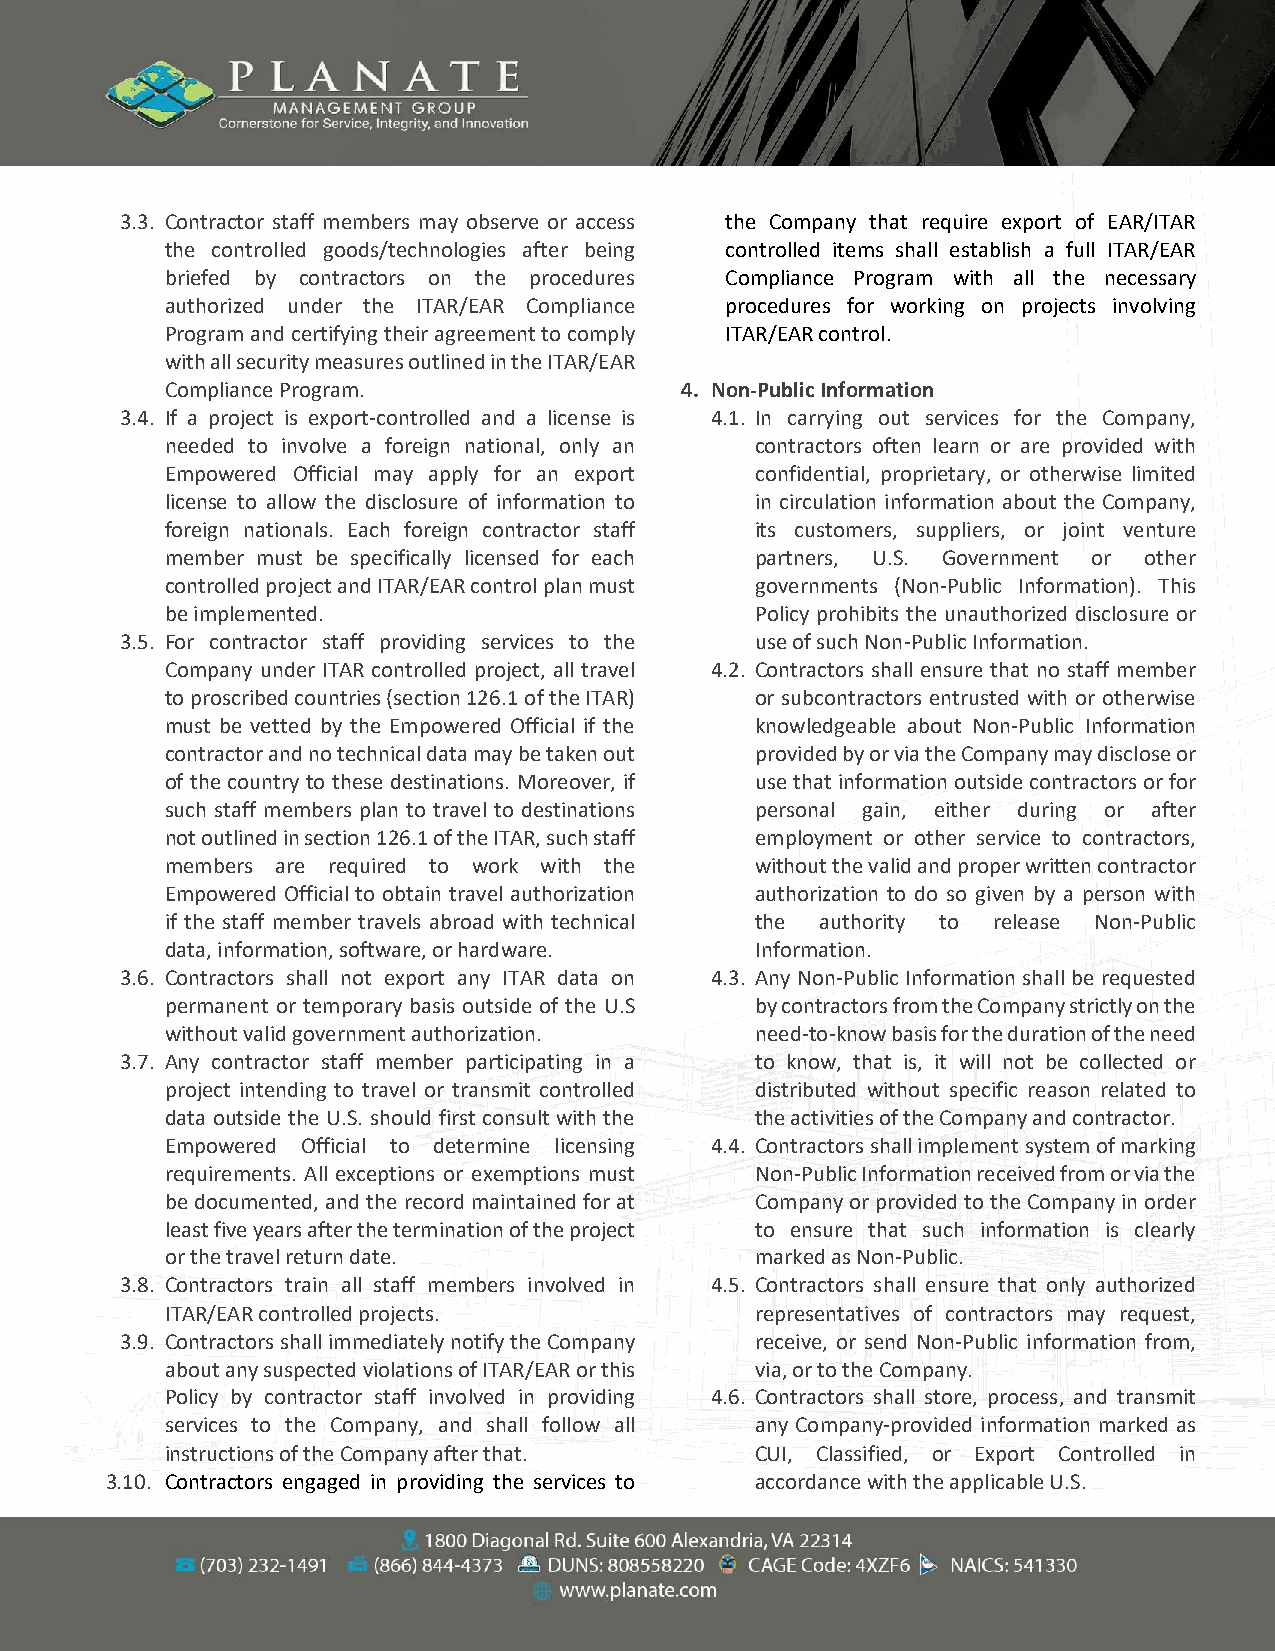
3.3. Contractor staff members may observe or access the Company that require export of EAR/ITAR
 the controlled goods/technologies after being controlled items shall establish a full ITAR/EAR
 briefed by contractors on the procedures Compliance Program with all the necessary
 authorized under the ITAR/EAR Compliance procedures for working on projects involving
 Program and certifying their agreement to comply ITAR/EAR control.
 with all security measures outlined in the ITAR/EAR
 Compliance Program.               4. Non-Public Information
 3.4. If a project is export-controlled and a license is 4.1. In carrying out services for the Company,
 needed to involve a foreign national, only an contractors often learn or are provided with
 Empowered Official may apply for an export confidential, proprietary, or otherwise limited
 license to allow the disclosure of information to in circulation information about the Company,
 foreign nationals. Each foreign contractor staff its customers, suppliers, or joint venture
 member must be specifically licensed for each partners, U.S. Government or other
 controlled project and ITAR/EAR control plan must governments (Non-Public Information). This
 be implemented.                        Policy prohibits the unauthorized disclosure or
 3.5. For contractor staff providing services to the use of such Non-Public Information.
 Company under ITAR controlled project, all travel 4.2. Contractors shall ensure that no staff member
 to proscribed countries (section 126.1 of the ITAR) or subcontractors entrusted with or otherwise
 must be vetted by the Empowered Official if the knowledgeable about Non-Public Information
 contractor and no technical data may be taken out provided by or via the Company may disclose or
 of the country to these destinations. Moreover, if use that information outside contractors or for
 such staff members plan to travel to destinations personal gain, either during or after
 not outlined in section 126.1 of the ITAR, such staff employment or other service to contractors,
 members are required to work with the  without the valid and proper written contractor
 Empowered Official to obtain travel authorization authorization to do so given by a person with
 if the staff member travels abroad with technical the authority to release Non-Public
 data, information, software, or hardware. Information.
 3.6. Contractors shall not export any ITAR data on 4.3. Any Non-Public Information shall be requested
 permanent or temporary basis outside of the U.S by contractors from the Company strictly on the
 without valid government authorization. need-to-know basis for the duration of the need
 3.7. Any contractor staff member participating in a to know, that is, it will not be collected or
 project intending to travel or transmit controlled distributed without specific reason related to
 data outside the U.S. should first consult with the the activities of the Company and contractor.
 Empowered Official to determine licensing 4.4. Contractors shall implement system of marking
 requirements. All exceptions or exemptions must Non-Public Information received from or via the
 be documented, and the record maintained for at Company or provided to the Company in order
 least five years after the termination of the project to ensure that such information is clearly
 or the travel return date.             marked as Non-Public.
 3.8. Contractors train all staff members involved in 4.5. Contractors shall ensure that only authorized
 ITAR/EAR controlled projects.          representatives of contractors may request,
 3.9. Contractors shall immediately notify the Company receive, or send Non-Public information from,
 about any suspected violations of ITAR/EAR or this via, or to the Company.
 Policy by contractor staff involved in providing 4.6. Contractors shall store, process, and transmit
 services to the Company, and shall follow all any Company-provided information marked as
 instructions of the Company after that. CUI, Classified, or Export Controlled in
 3.10. Contractors engaged in providing the services to accordance with the applicable U.S.